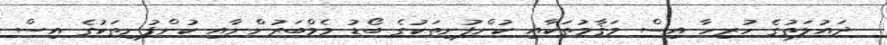
ދައުލަތުގެ ހުރިހާ އިސް މަޤާމުތަކާއި ކުންފުނިތަކުގެ ބޯޑު މެމްބަރުންނާއި ކުންފުނިތަކުގެ އިސް